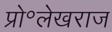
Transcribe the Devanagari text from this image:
प्रो॰लेखराज